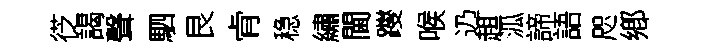
徔謁聲駟艮肻稳繡閫躞喉辸趄泒諦語咫鄕